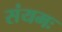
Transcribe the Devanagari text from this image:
संयमः